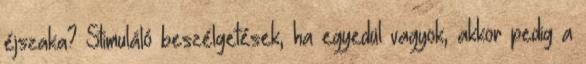
éjszaka? Stimuláló beszélgetések, ha egyedül vagyok, akkor pedig a